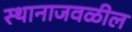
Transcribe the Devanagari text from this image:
स्थानाजवळील